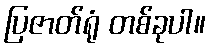
ပြဇာတ်ရုံ တစ်ခုပါ။